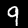
Label: 9